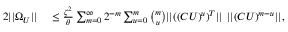
\begin{array} { r l } { 2 | | \Omega _ { U } | | } & { { } \leq \frac { \zeta ^ { 2 } } { \theta } \sum _ { m = 0 } ^ { \infty } { 2 ^ { - m } \sum _ { u = 0 } ^ { m } { \binom { m } { u } | | ( ( C U ) ^ { u } ) ^ { T } | | \ | | ( C U ) ^ { m - u } | | } } , } \end{array}